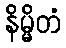
နိမ္မိတံ